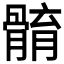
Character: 𩩣